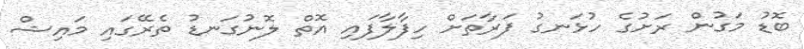
ބޮޑު މަގުން ރަށުގެ ހުޅަނގު ފަރާތަށް ހިފާލާފައި އޮތް ލޮނުގަނޑު ތެރޭގައި މައިޝް